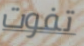
تفوت